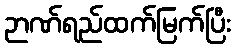
ဉာဏ်ရည်ထက်မြက်ပြီး